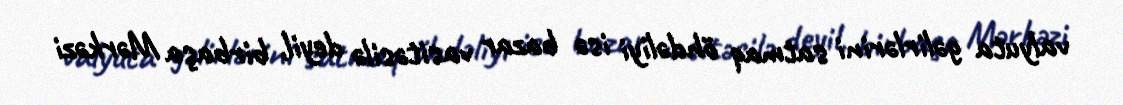
valyuta gəlirlərini satmaq öhdəliyi isə bazar vasitəsilə deyil, birbaşa Mərkəzi